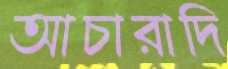
আচারাদি